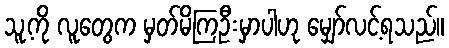
သူ့ကို လူတွေက မှတ်မိကြဦးမှာပါဟု မျှော်လင့်ရသည်။